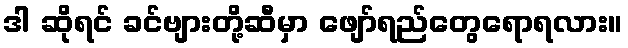
ဒါ ဆိုရင် ခင်ဗျားတို့ဆီမှာ ဖျော်ရည်တွေရောရလား။